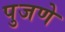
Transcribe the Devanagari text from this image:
पुजणे